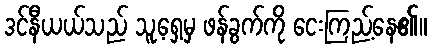
ဒင်နီယယ်သည် သူ့ရှေ့မှ ဖန်ခွက်ကို ငေးကြည့်နေ၏။